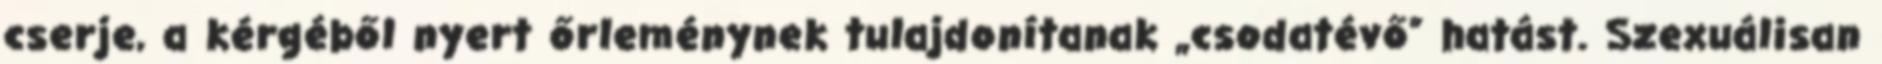
cserje, a kérgéből nyert őrleménynek tulajdonítanak „csodatévő” hatást. Szexuálisan